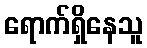
ရောက်ရှိနေသူ